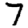
Digit: 7